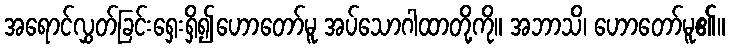
အရောင်လွှတ်ခြင်းရှေးရှိ၍ဟောတော်မူ အပ်သောဂါထာတို့ကို။ အဘာသိ၊ ဟောတော်မူ၏။